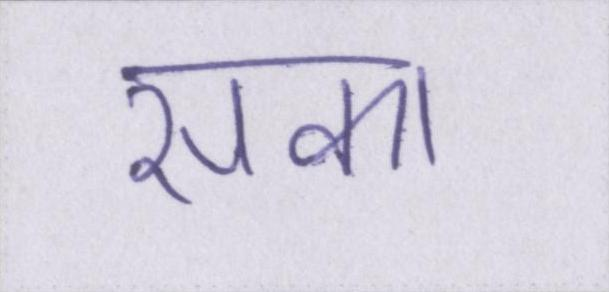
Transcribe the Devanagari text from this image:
सका